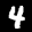
Label: 4